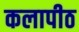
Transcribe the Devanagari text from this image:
कलापीठ